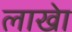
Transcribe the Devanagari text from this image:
लाखेा